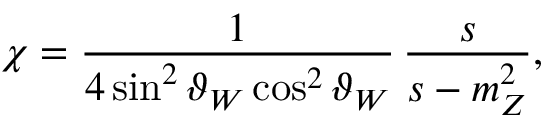
\chi = \frac { 1 } { 4 \sin ^ { 2 } \vartheta _ { W } \cos ^ { 2 } \vartheta _ { W } } \, \frac { s } { s - m _ { Z } ^ { 2 } } ,